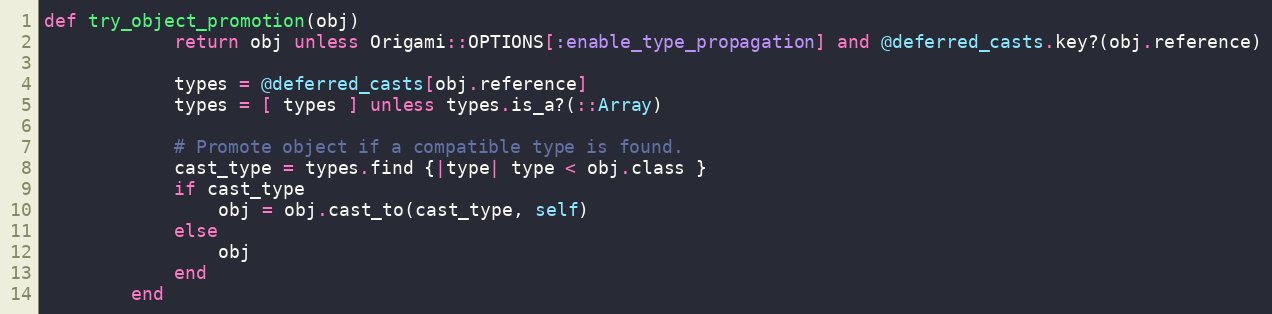
Language: Ruby
def try_object_promotion(obj)
            return obj unless Origami::OPTIONS[:enable_type_propagation] and @deferred_casts.key?(obj.reference)

            types = @deferred_casts[obj.reference]
            types = [ types ] unless types.is_a?(::Array)

            # Promote object if a compatible type is found.
            cast_type = types.find {|type| type < obj.class }
            if cast_type
                obj = obj.cast_to(cast_type, self)
            else
                obj
            end
        end